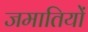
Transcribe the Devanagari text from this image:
जमातियों